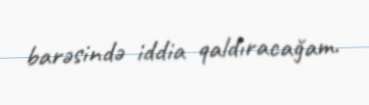
barəsində iddia qaldıracağam.